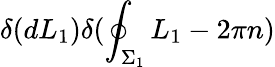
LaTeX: \delta(dL_{1})\delta(\oint_{\Sigma_{1}}L_{1}-2\pi n)